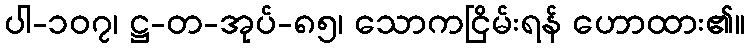
ပါ-၁၀၇၊ ဋ္ဌ-တ-အုပ်-၈၅၊ သောကငြိမ်းရန် ဟောထား၏။